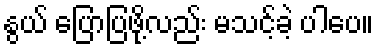
နွယ် ပြောပြဖို့လည်း မသင့်ခဲ့ ပါပေ။